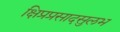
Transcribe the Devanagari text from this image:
क्षिप्रप्रसादसुलभ